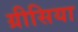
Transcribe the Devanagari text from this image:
ग्रीसिया